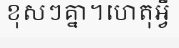
ខុសៗគ្នា។ហេតុអ្វី